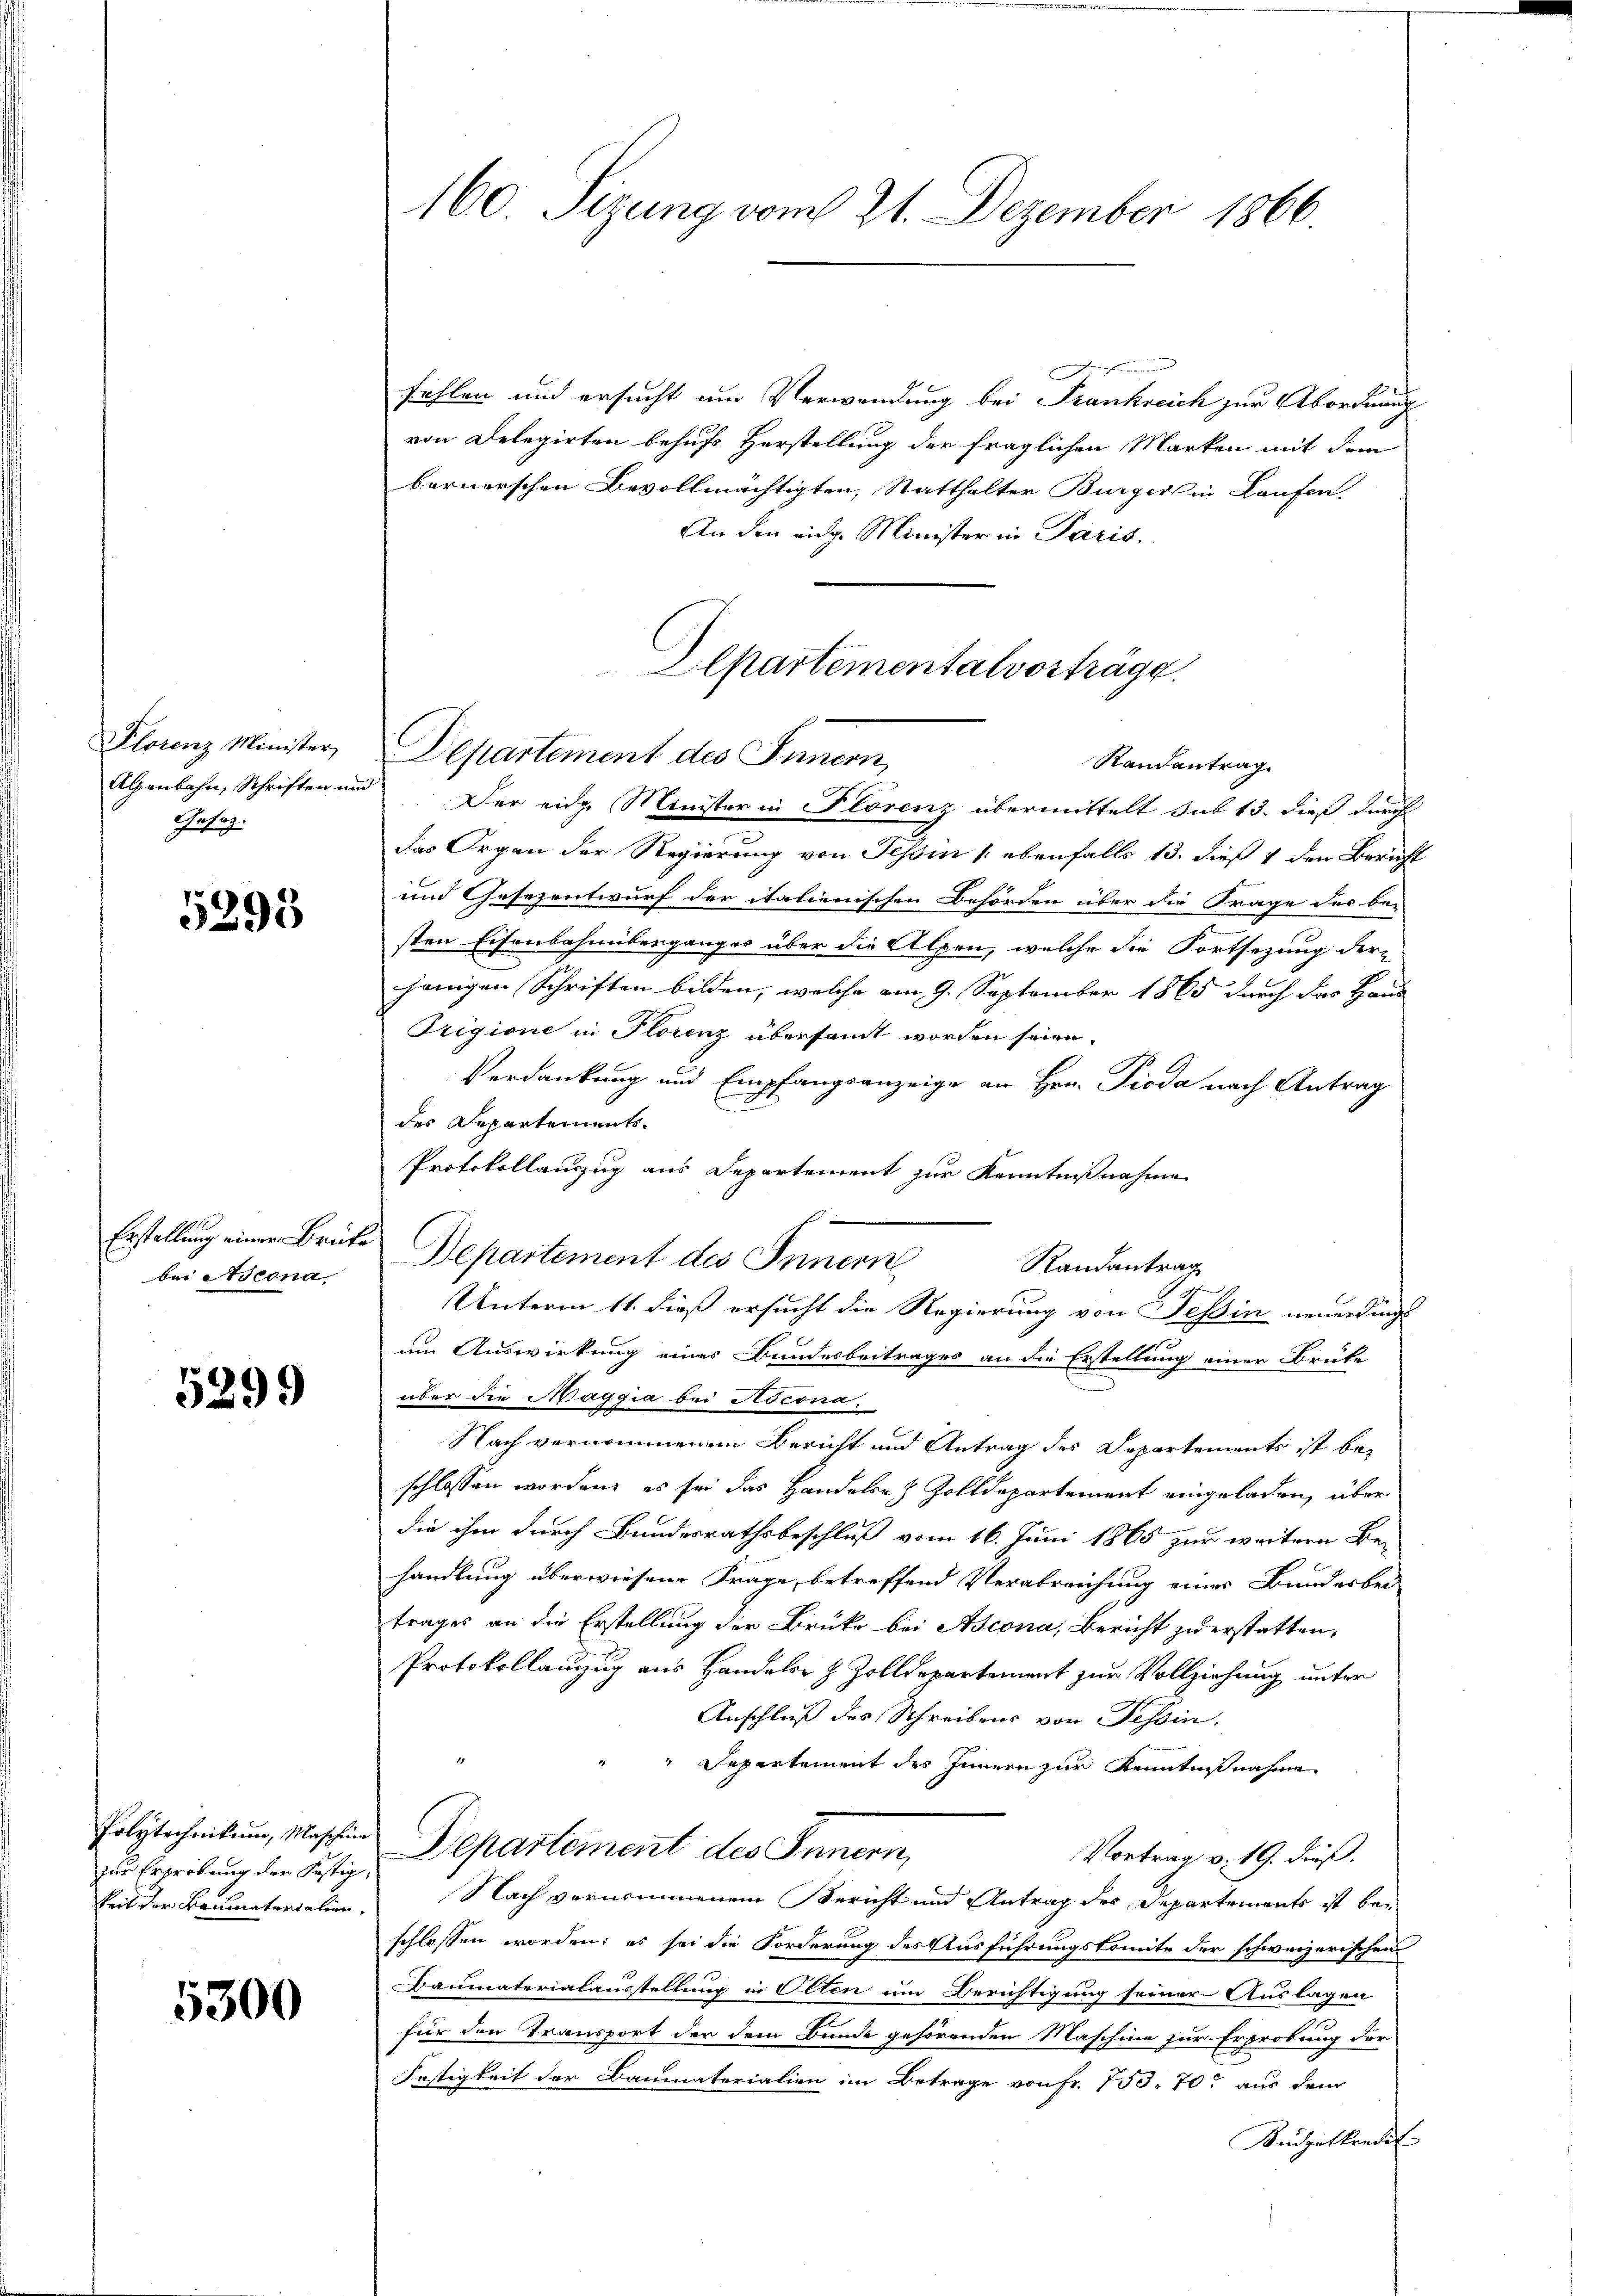
Plorenz Minister,
Alenbahn, Schriften um
Gesag

5395

Erstellung einen Brüte
bei Ascona

5299

Polytechnikum, Maschein
zur Erprobung der Festig
keit der Baumaterialien

5300

160 Sizung vom 21. Dezember 1866

n
fühlen und ersucht um Verwendung bei Frankreich zur Abordnung
von Delegirten behufs Herstellung der fraglichen Marken mit dem
bernerschen Bevollmächtigten, Statthalter Bürger in Laufen.
An den eidg. Minister in Paris.
Der eidg. Minister in Florenz übermittelt sub 13. dieß durch
das Orgen der Regierung von Tessin (ebenfalls 13. dieß 4 den Bericht
und Gesezentwurf der italienischen Behörden über die Frage der be-
sten Eisenbahnüberganges über die Alpen, welche die Fortsetzung der-
jenigen Schriften bilden, welche am 9. September 1865 durch das Haus
Origione in Florenz übersamt worden seien.
Verdankung und Empfangsanzeige an Hrn. Pioda nach Antrag
des Departements¬
Protokollauszug aus Departement zur Kenntnißnahme
Departement des Innern
Randantrag
d
Unterm 11. dieß ersucht die Regierung von Tessin neuerdings
um Auswirkung eines Bundesbeitrages an die Erstellung einer Brüke
über die Maggia bei Ascona.
Nach vernommenen Bericht und Antrag des Departements ist beschlossen worden, es sei das Handeln) Zolldepartement eingeladen, über
die ihm durch Bundesrathsbeschluß vom 16. Juni 1865 zur weitern Be-
handlung überwiesene Frage, betreffend Verabreichung eines Bunderbei
trages an die Erstellung der Brücke bei Ascona, Bericht zu erstatten,
Protokollanzug aus Handeler z. Zolldepartement zur Vollziehung unter
Anschluß des Schreibens von Tessin.
Separtement des Innern zur Kenntnißnahme
Departement des Innern,
Vortrag v. 19. dieß.
Nach vernommenem Bericht und Antrag des Departements ist beschlossen worden; es sei die Forderung des Ausführungskomite der schweizerischen
Baumaterialausstellung in Olten um Berichtigung seiner Auslagen
für den Transport der dem Bunde gehörenden Maschine zur Erprobung der
Festigkeit der Baumaterialien im Betrage von Fr. 753. 70 aus dem
Küdgetkredit

Aepartementalvorträge.
Departement des Sinnern,
Randantrag.